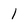
Character: 1